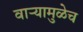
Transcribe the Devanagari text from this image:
वाऱ्यामुळेच